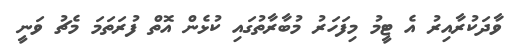
ވާދަކުރާއިރު އެ ޓީމު މިފަހަރު މުބާރާތުގައި ކުޅެން އޮތް ފުރަތަމަ މެޗު ވަނީ